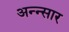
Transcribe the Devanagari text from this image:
अन्न्सार